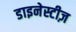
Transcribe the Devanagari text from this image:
डाइनेस्टीज़